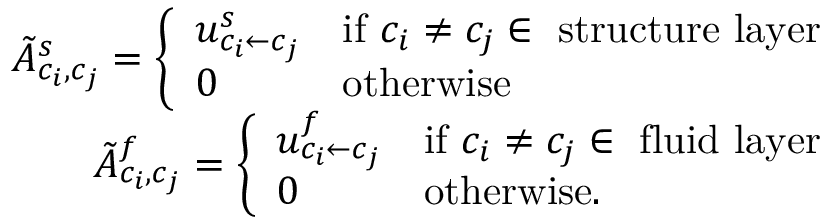
\begin{array} { r } { \tilde { A } _ { c _ { i } , c _ { j } } ^ { s } = \left\{ \begin{array} { l l } { u _ { { c _ { i } } \leftarrow { c _ { j } } } ^ { s } } & { \mathrm { i f ~ } c _ { i } \neq c _ { j } \in ~ \mathrm { s t r u c t u r e ~ l a y e r } } \\ { 0 } & { \mathrm { o t h e r w i s e } } \end{array} \right. } \\ { \tilde { A } _ { c _ { i } , c _ { j } } ^ { f } = \left\{ \begin{array} { l l } { u _ { { c _ { i } } \leftarrow { c _ { j } } } ^ { f } } & { \mathrm { i f ~ } c _ { i } \neq c _ { j } \in ~ \mathrm { f l u i d ~ l a y e r } } \\ { 0 } & { \mathrm { o t h e r w i s e } . } \end{array} \right. } \end{array}